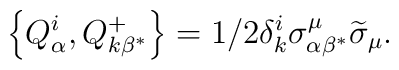
\left\{Q_\alpha^i, Q_{k\beta^{*}}^{+}\right\} =1/2\delta_k^i\sigma_{\alpha\beta ^{*}}^\mu\widetilde{\sigma}_\mu.